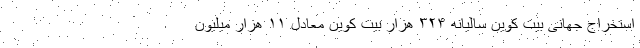
استخراج جهانی بیت کوین سالیانه ۳۲۴ هزار بیت کوین معادل ۱۱ هزار میلیون